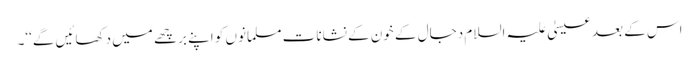
اس کے بعد عیسیٰ علیہ السلام دجال کے خون کے نشانات مسلمانوں کو اپنے برچھے میں دکھائیں گے‘‘۔